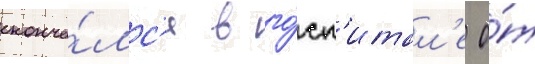
сконча́лс'я в го́сп'итал'е о́т